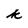
Character: k